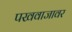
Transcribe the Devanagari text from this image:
पखवाजावर